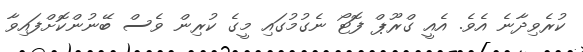
ކުރެވިދާނެ އެވެ. އެއީ ގްރޫޕް ފޮޓޯ ނެގުމުގައި މީގެ ކުރިން ވެސް ބޭނުންކޮށްފައިވާ